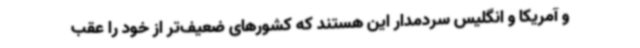
و آمریکا و انگلیس سردمدار این هستند که کشورهای ضعیف‌تر از خود را عقب